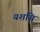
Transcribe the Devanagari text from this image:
यशसि